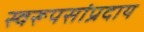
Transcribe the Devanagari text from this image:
स्वरूपसांप्रदाय